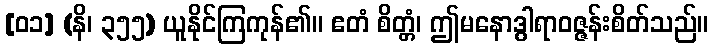
[၀၁] (နိ၊ ၃၅၅) ယူနိုင်ကြကုန်၏။ ဧတံ စိတ္တံ၊ ဤမနောဒွါရာဝဇ္ဇန်းစိတ်သည်။